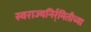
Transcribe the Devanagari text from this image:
स्वराज्यनिर्र्मितीच्या